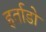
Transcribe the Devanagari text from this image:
हर्ताडो